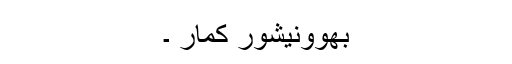
بھوونیشور کمار ۔